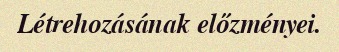
Létrehozásának előzményei.